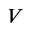
V